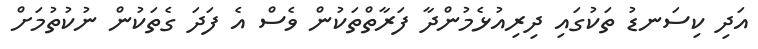
އަދި ކިސަނޑު ތަކުގައި ދިރިއުޅެމުންދާ ފަރާތްތަކުން ވެސް އެ ފަދަ ގެތަކުން ނުކުތުމަށް